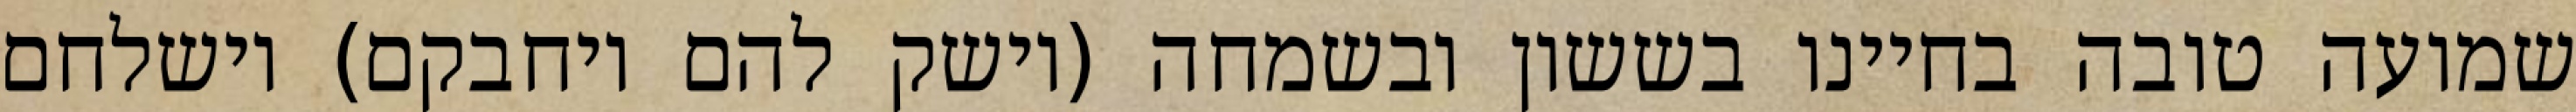
שמועה טובה בחיינו בששון ובשמחה (וישק להם ויחבקם) וישלחם